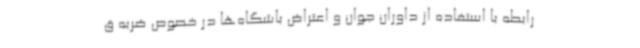
رابطه با استفاده از داوران جوان و اعتراض باشگاه‌ها در خصوص ضربه ق